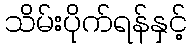
သိမ်းပိုက်ရန်နှင့်